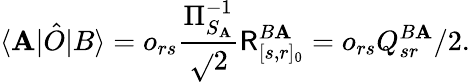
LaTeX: \langle\mathbf{A}|\hat{{O}}|B\rangle=o_{rs}\frac{{\Pi_{S_{\mathbf{A}}}^{-1}}}{{\sqrt{}{{2}}}}\mathsf{{R}}_{[s,r]_{0}}^{B\mathbf{A}}=o_{rs}Q_{sr}^{B\mathbf{A}}/2.